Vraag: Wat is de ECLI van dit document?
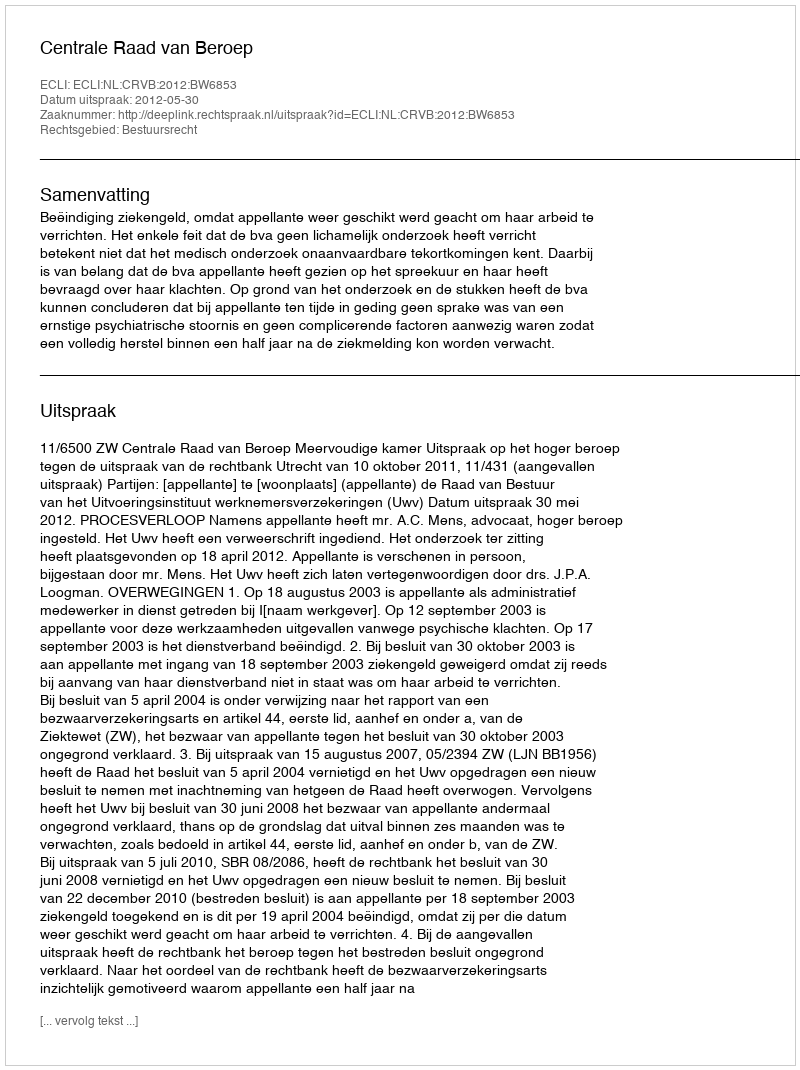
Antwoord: ECLI:NL:CRVB:2012:BW6853